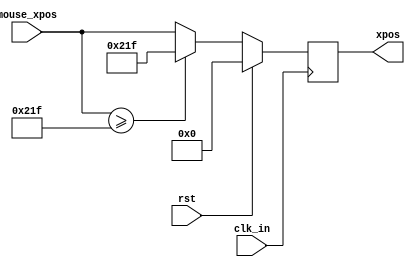
`timescale 1ns / 1ps
//////////////////////////////////////////////////////////////////////////////////
// Company: 
// Engineer: 
// 
// Design Name: 
// Module Name: draw_rect_ctl
// Project Name: 
// Target Devices: 
// Tool Versions: 
// Description: 
// 
// Dependencies: 
// 
// Revision:
// Revision 0.01 - File Created
// Additional Comments:
// 
//////////////////////////////////////////////////////////////////////////////////


module draw_rect_ctl(
    input wire          clk_in,
    input wire          rst,
    input wire  [11:0]  mouse_xpos,
    output reg  [11:0]  xpos
    );
    
    localparam  WIDTH   = 256;
    
    reg [11:0]  xpos_nxt;
    
    always @(posedge clk_in) begin
        if(rst) begin
            xpos <= 0;
        end
        else begin 
            xpos <= xpos_nxt;
        end
    end
    
    always @* begin
        xpos_nxt = mouse_xpos;
        if (mouse_xpos >= 799 - WIDTH)
            xpos_nxt = 799 - WIDTH;
    end
 endmodule